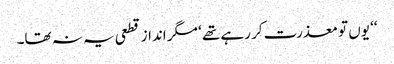
‘‘ یوں تو معذرت کر رہے تھے ‘ مگر انداز قطعی یہ نہ تھا۔